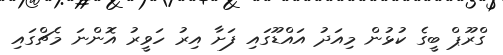
ގްރޫޕް ބީގެ ކުޅުން މިއަދު އައްޑޫގައި ފަށާ އިރު ހަވީރު އޮންނަ މެޗްގައި